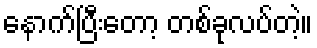
နောက်ပြီးတော့ တစ်ခုလပ်တဲ့။